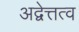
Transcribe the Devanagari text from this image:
अद्वेत्तत्व